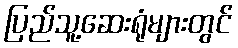
ပြည်သူ့ဆေးရုံများတွင်